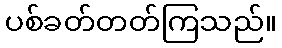
ပစ်ခတ်တတ်ကြသည်။